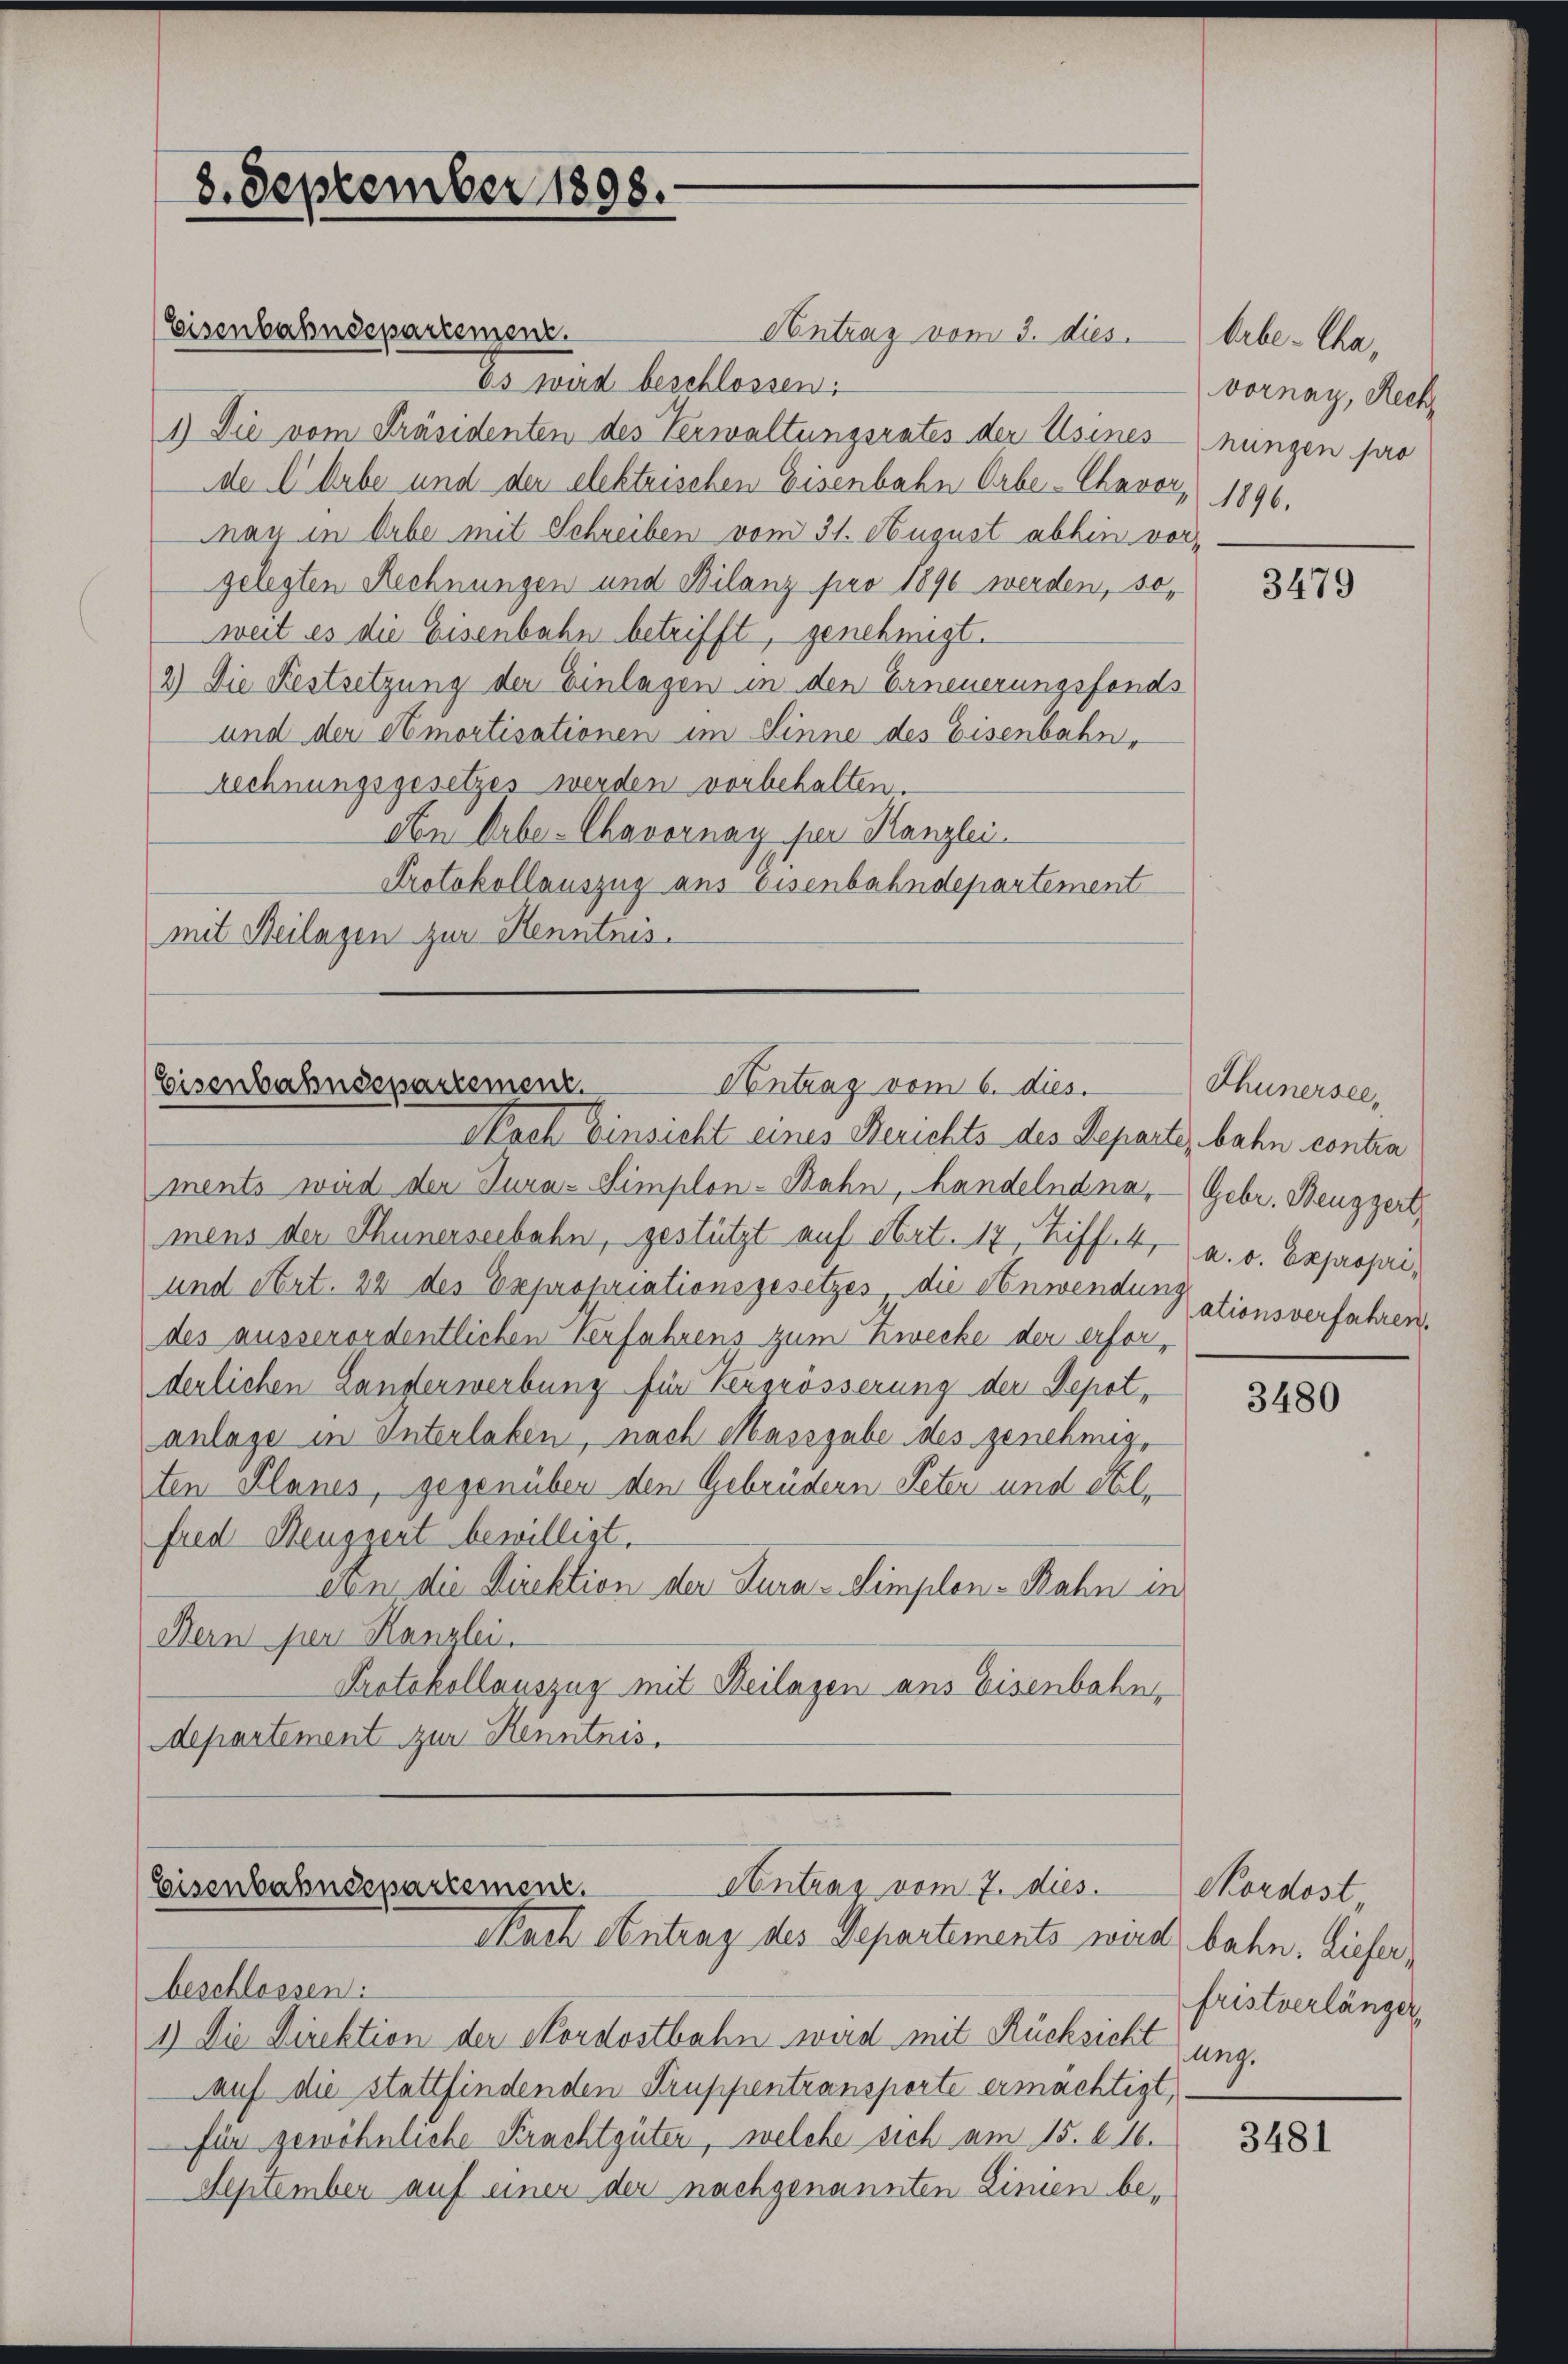
8. September 1898.

Eisenbahndepartement.
Contrag vom 3. dies
Es wird beschlossen:
1.) Die vom Präsidenten des Verwaltungsrates der Usines nungen pro
de C. Arbe und der elektrischen Eisenbahn Orbe-Chavor 1896.
May in Erbe mit Schreiben vom 31. August abhin vorgelegten Rechnungen und Bilanz füro 1890 werden, so,
weit es die Eisenbahn betrifft, genehmigt.
2) Die Festsetzung der Einlagen in den Erneuerungsfonds
und der Amortisationen im Sinne des Eisenbahn-
rechnungsgesetzes werden vorbehalten.
An Debe-Chavornay per Kanzlei.
Protokollauszug aus Eisenbahndepartement
mit Beilagen zur Kenntnis.

Antrag vom 6. dies
Eisenbahnsepartement.

Nach Einsicht eines Berichts des Separte, bahn contra
ments wird der Jura-Simplon-Bahn, Handelndna, Gebr. Beuzzert,
mens der Thunerseebahn, gestützt auf Art. 17, Ziff. 4, a. o. Expropri¬
und Art. 22 des Expropriationsgesetzes die Anwendungationsverfahren.
des ausserordentlichen Verfahrens zum Zwecke der erforderlichen Landerwerbung für Vergrösserung der Depot-
anlage in Interlaben, nach Massgabe des genehmig,
ten Planes, gegenüber den Gebrüdern Peter und Stelfud Henggert bewilligt.
von die Direktion der Jura - Simplen-Bahn in
Bern per Kanzlei.
Protokollauszug mit Beilagen aus Eisenbahn,
departement zur Kenntnis.

Antrag vom 7. dies
Eisenbahndepartement.
Nach Antrag des Departements wird, bahn. Liefer¬

beschlossen:
1.) Die Direktion der Nordostbahn wird mit Rücksichtung.
auf die stattfindenden Truppentransporte ermächtigt,
für gewöhnliche Krachtgüten, welche sich am 15. d. 16.
September auf einer der nachgenannten Linien be¬

hrbetha,
Vornay, Rech

3479

Thunersee,

3480

Sordost,
fristverlänger

3481